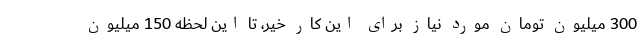
300 میلیون تومان مورد نیاز برای این کار خیر، تا این لحظه 150 میلیون